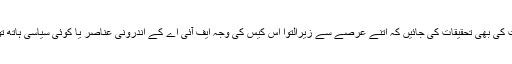
اس بات کی بھی تحقیقات کی جائیں کہ اتنے عرصے سے زیرِالتوا اس کیس کی وجہ ایف آئی اے کے اندرونی عناصر یا کوئی سیاسی ہاتھ تو نہیں؟